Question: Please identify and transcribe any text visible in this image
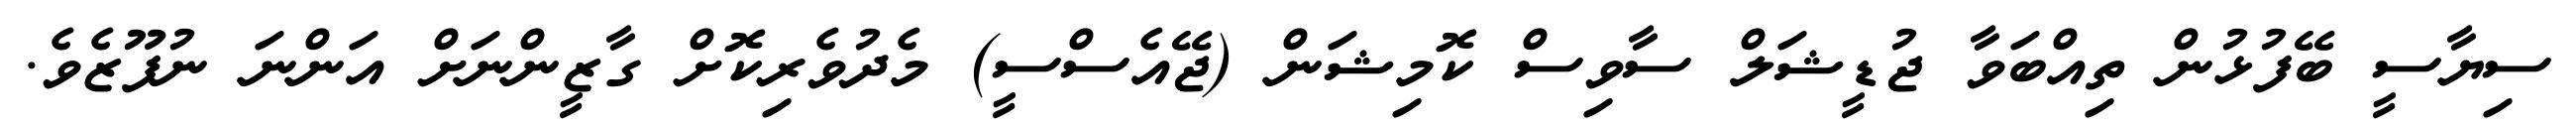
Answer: ސިޔާސީ ބޭފުޅުން ތިއްބަވާ ޖުޑީޝަލް ސާވިސް ކޮމިޝަން (ޖޭއެސްސީ) މެދުވެރިކޮށް ގާޒީންނަށް އަންނަ ނުފޫޒެވެ.